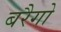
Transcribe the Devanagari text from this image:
बरैगो